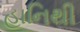
હાનિથી